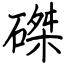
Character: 磔